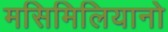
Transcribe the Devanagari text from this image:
मसिमिलियानो